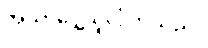
အသာပွေ့ယူလိုက်သည်။